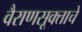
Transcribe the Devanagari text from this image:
वैराणसूक्ताचे